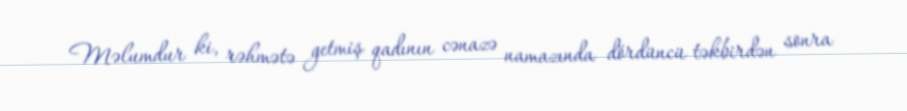
Məlumdur ki, rəhmətə getmiş qadının cənazə namazında dördüncü təkbirdən sonra